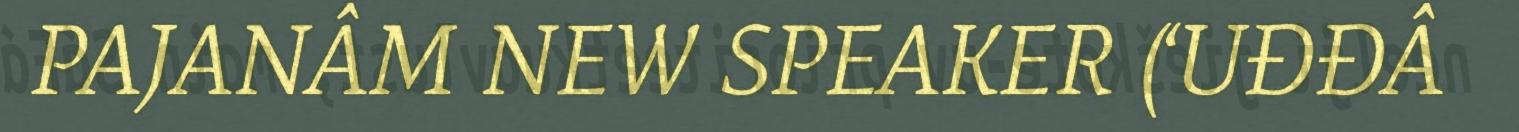
PAJANÂM NEW SPEAKER (‘UĐĐÂ